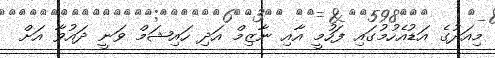
މިއަދުގެ އަޑުއެހުމުގައި ފަހުމީ އާއި ނާޒިމް އަދި ހައިޝަމް ވަނީ ދައުވާ އަށް